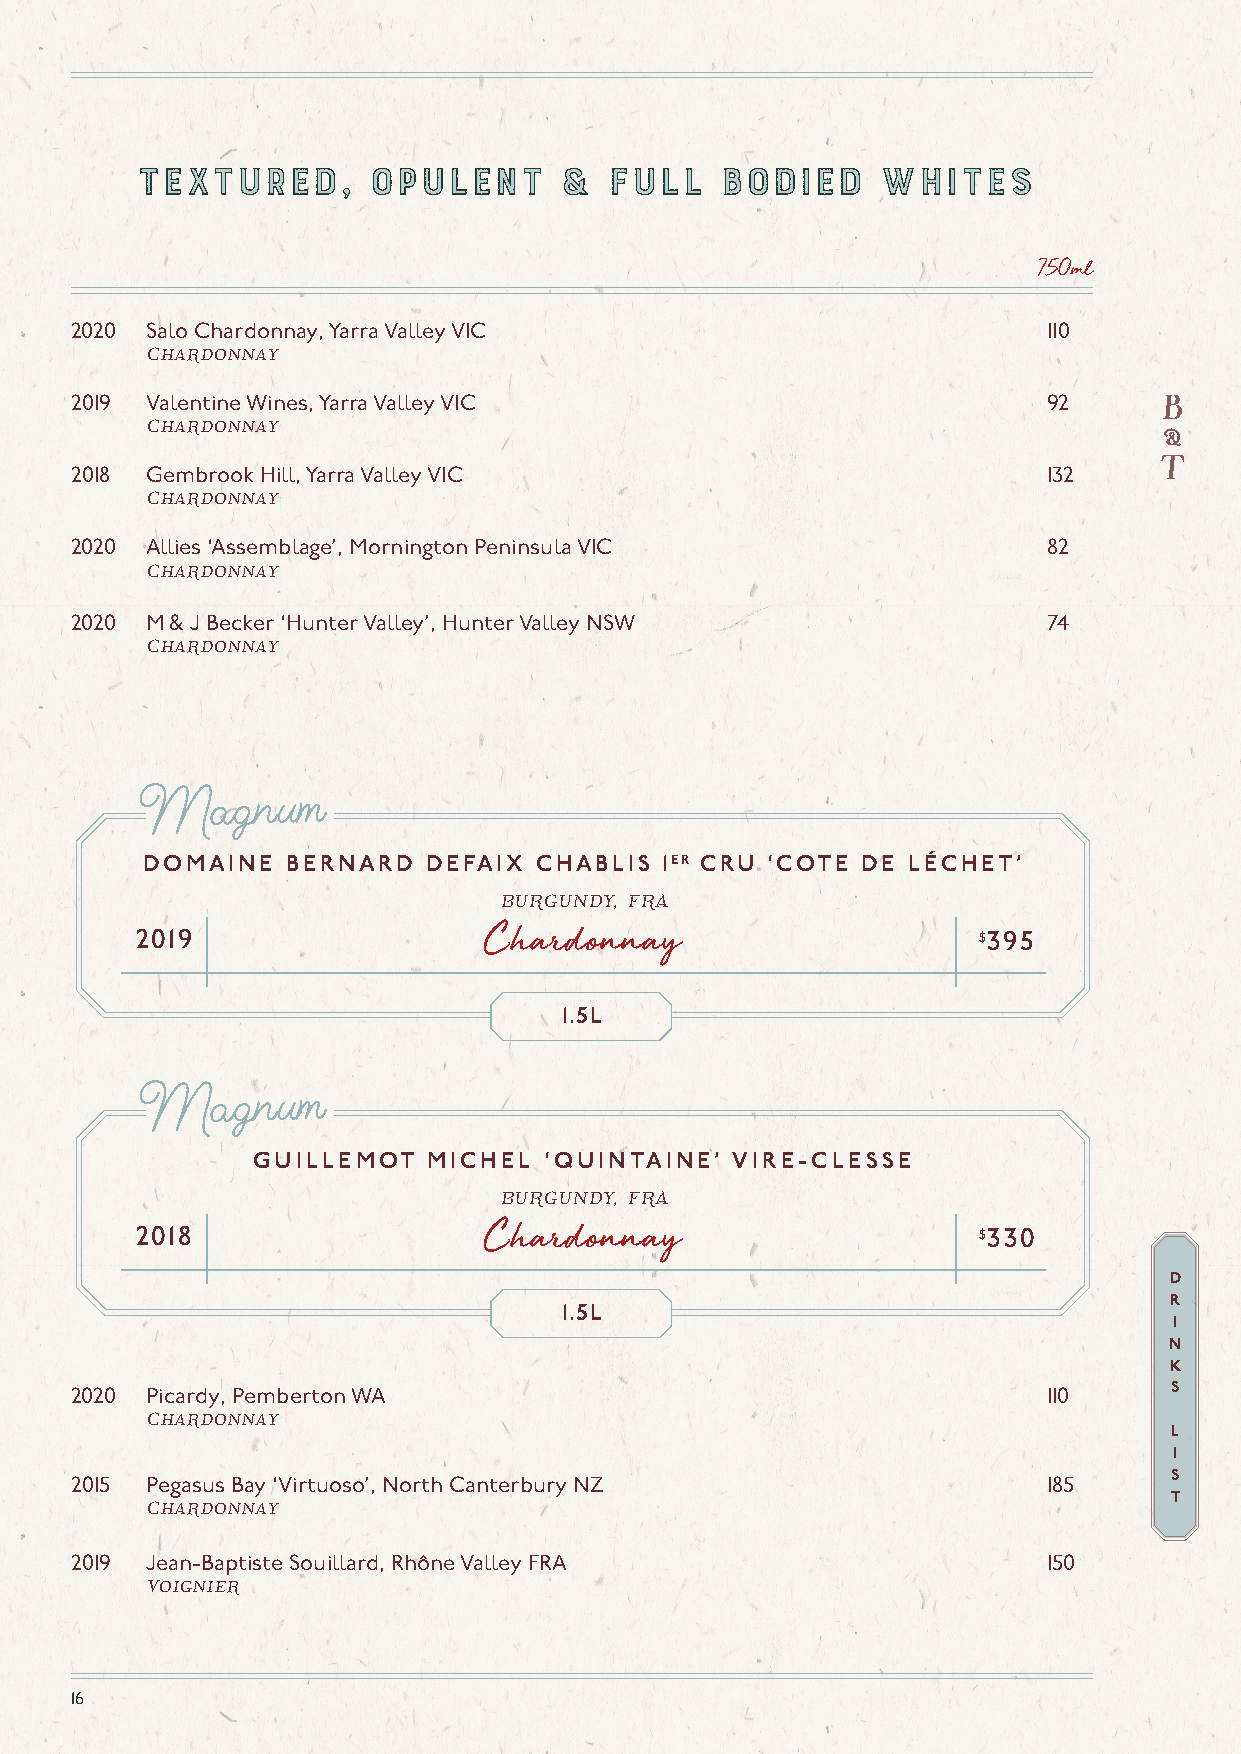
TExTURED,      OPULENT      &  FuLL    bODIED    WHITES
 TExTURED,      OPULENT      &  FuLL    bODIED    WHITES
 750ml
 2020 Salo Chardonnay, Yarra Valley VIC                          110
 Chardonnay
 2019 Valentine Wines, Yarra Valley VIC                          92
 Chardonnay
 2018 Gembrook Hill, Yarra Valley VIC                            132
 Chardonnay
 2020 Allies ‘Assemblage’, Mornington Peninsula VIC              82
 Chardonnay
 2020 M & J Becker ‘Hunter Valley’, Hunter Valley NSW            74
 Chardonnay
 Magnum
 DOMAINE   BERNARD  DEFAIX CHABLIS  1ER CRU ‘COTE DE LÉCHET’
 BURGUNDY, FRA
 2019                   Chardonnay                       $395
 1.5L
 Magnum
 GUILLEMOT  MICHEL  ‘QUINTAINE’  VIRE-CLESSE
 BURGUNDY, FRA
 2018                   Chardonnay                       $330
 D
 R
 1.5L
 I
 N
 K
 2020 Picardy, Pemberton WA                                      110     S
 Chardonnay
 L
 I
 S
 2015 Pegasus Bay ‘Virtuoso’, North Canterbury NZ                185
 T
 Chardonnay
 2019 Jean-Baptiste Souillard, Rhône Valley FRA                  150
 Voignier
 16